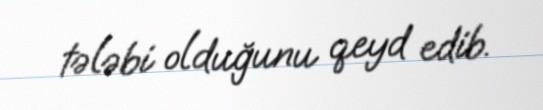
tələbi olduğunu qeyd edib.